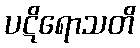
ပဋိရောသတိ